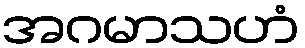
အဂမာသဟံ